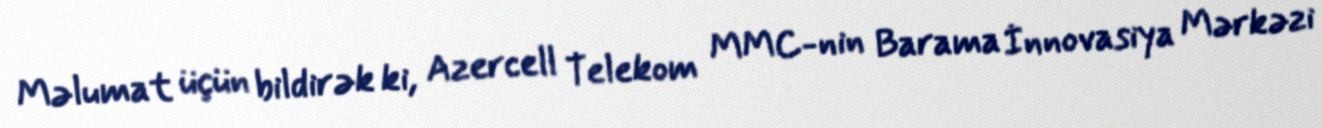
Məlumat üçün bildirək ki, Azercell Telekom MMC-nin Barama İnnovasiya Mərkəzi